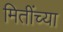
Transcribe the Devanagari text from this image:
मितींच्या